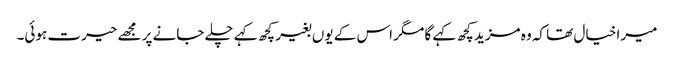
میرا خیال تھا کہ وہ مزید کچھ کہے گا مگر اس کے یوں بغیر کچھ کہے چلے جانے پر مجھے حیرت ہوئی۔